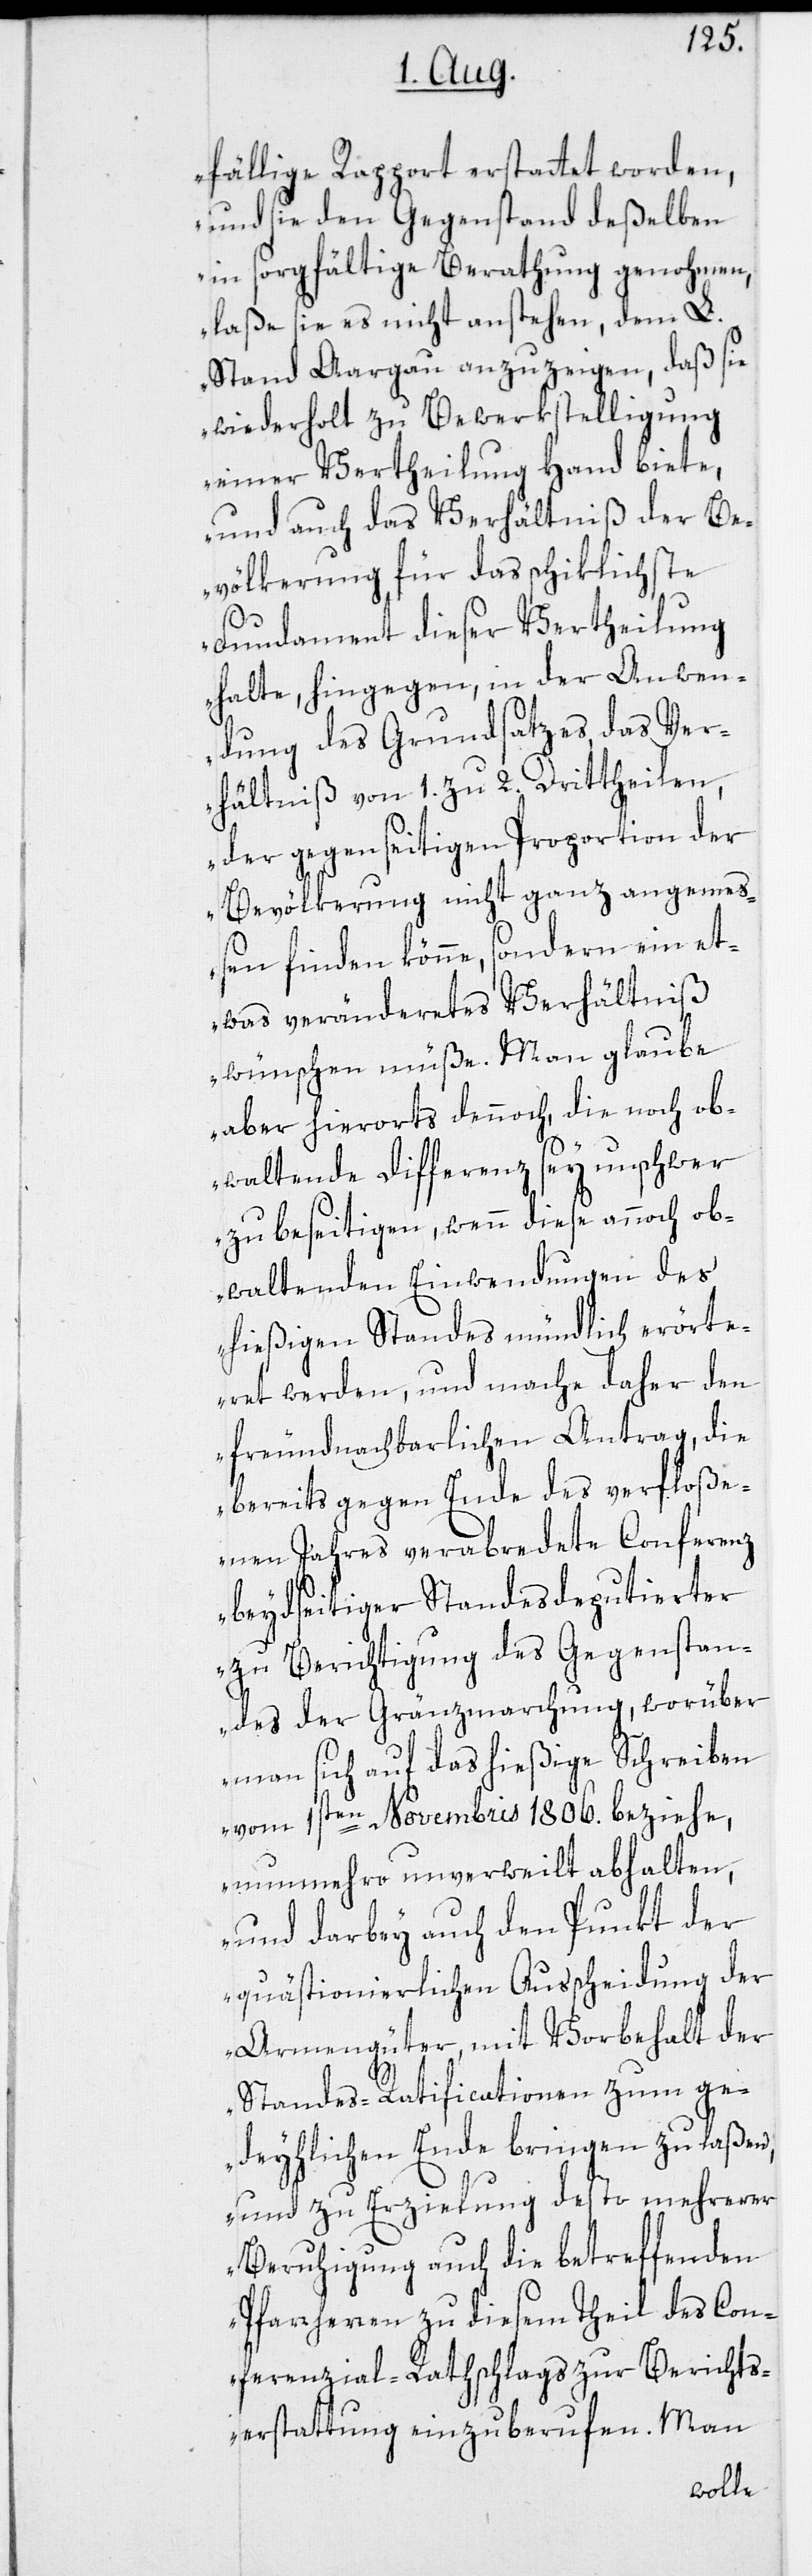
fällige Rapport erstattet worden,
und sie den Gegenstand deßelben
in sorgfältige Berathung genohmen,
laße sie es nicht anstehen, dem L.
Stand Aargau anzuzeigen, daß sie
wiederholt zu Bewerkstelligung
einer Vertheilung Hand biete,
und auch das Verhältniß der Be¬
völkerung für das schiklichste
Fundament dieser Vertheilung
halte, hingegen, in der Anwen¬
dung des Grundsatzes, das Ver¬
hältniß von 1. zu 2. Drittheilen,
der gegenseitigen Proportion der
Bevölkerung nicht ganz angeme¬
ßen finden könne, sondern ein et¬
was veränderetes Verhältniß
wünschen müße. Man glaube
aber hierorts dennoch, die noch ob¬
waltende Differenz sey unschwer
zu beseitigen, wenn diese annoch ob¬
waltenden Einwendungen des
hießigen Standes mündlich erörte¬
ret werden, und mache daher den
freundnachbarlichen Antrag, die
bereits gegen Ende des verfloße¬
nen Jahres verabredete Conferenz
beydseitiger Standesdeputierter
zu Berichtigung des Gegenstan¬
des der Gränzmarchung, worüber
man sich auf das hießige Schreiben
vom 1sten Novembris 1806. beziehe,
nunmehro unverweilt abhalten,
und darbey auch den Punkt der
quästionierlichen Ausscheidung der
Armengüter, mit Vorbehalt der
Standes-Ratificationen zum ge¬
deyhlichen Ende bringen zu laßen,
und zu Erzielung desto mehrerer
Beruhigung auch die betreffenden
Pfarrherren zu diesem Theil des Con¬
ferenzial-Rathschlags zur Berichts¬
erstattung einzuberufen. Man